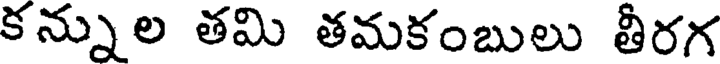
కన్నుల తమి తమకంబులు తీరగ